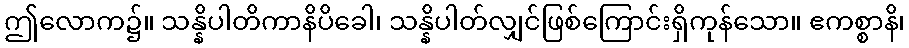
ဤလောက၌။ သန္နိပါတိကာနိပိခေါ၊ သန္နိပါတ်လျှင်ဖြစ်ကြောင်းရှိကုန်သော။ ဧကစ္စာနိ၊